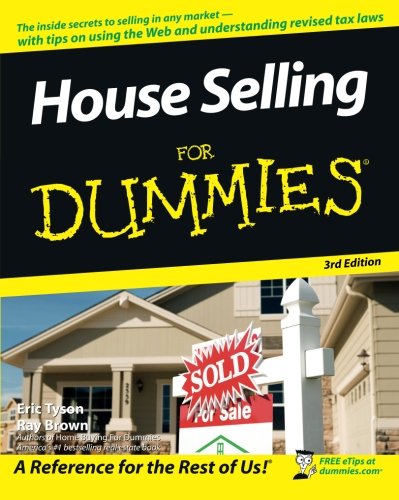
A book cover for House Selling For Dummies, 3rd edition; Eric Tyson; Business & Money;